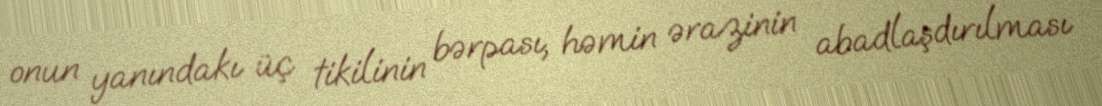
onun yanındakı üç tikilinin bərpası, həmin ərazinin abadlaşdırılması